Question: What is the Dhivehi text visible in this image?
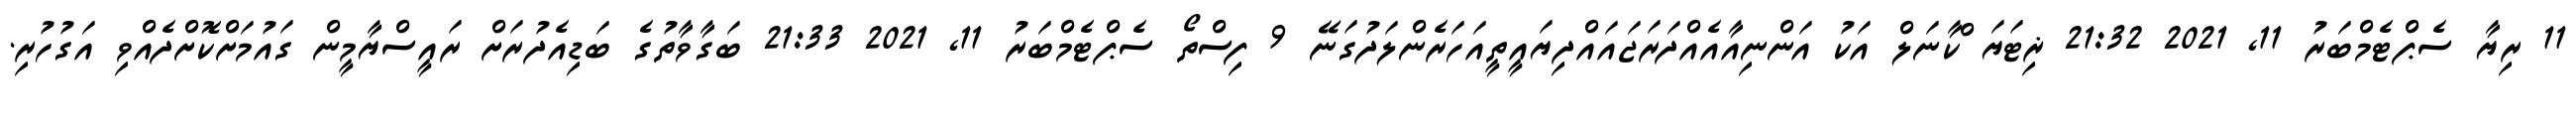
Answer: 11 ރިޔާ ސެޕްޓެމްބަރު 11, 2021 21:32 ޜިޓަޔަޱްކާނަލް އަކު އަންނިއާއެއްދަރަޖައައްދިޔައީތީއަހަރެންލަދުގަނޭ 9 ފިސްތޯ ސެޕްޓެމްބަރު 11, 2021 21:33 ބަގާވާތުގެ ބަޑިއެދުރަށް ރައީސްޔާމީން ގައުމަށްކޮށްދެއްވި އަގުހުރި.